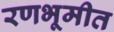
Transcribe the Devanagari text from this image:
रणभूमीत